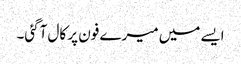
ایسے میں میرے فون پر کال آگئی۔